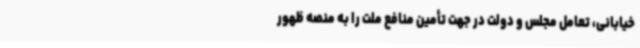
خیابانی، تعامل مجلس و دولت در جهت تأمین منافع ملت را به منصه ظهور